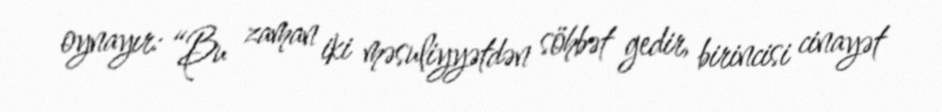
oynayır: “Bu zaman iki məsuliyyətdən söhbət gedir, birincisi cinayət